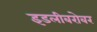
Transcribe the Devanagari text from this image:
इडलीबरोबर